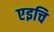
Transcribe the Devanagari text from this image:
एइचि